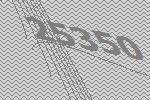
25350